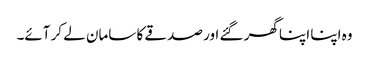
وہ اپنا اپنا گھر گئے اور صدقے کا سامان لے کر آئے۔